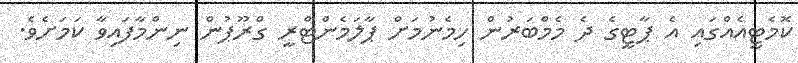
ކޮމެޓީއެއްގައި އެ ޕާޓީގެ ދެ މެމްބަރުން ހިމެނުމަށް ޕާލަމެންޓްރީ ގްރޫޕުން ނިންމާފައިވާ ކަމަށެވެ.